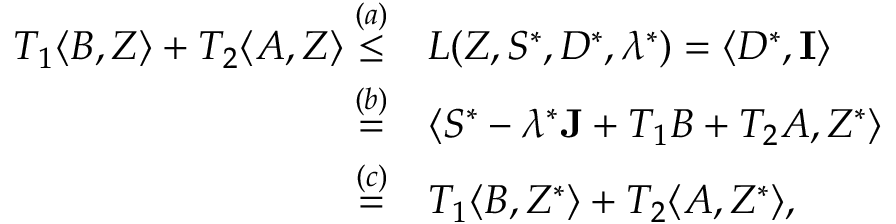
\begin{array} { r l } { T _ { 1 } \langle B , Z \rangle + T _ { 2 } \langle A , Z \rangle \overset { ( a ) } { \leq } } & { L ( Z , S ^ { * } , D ^ { * } , \lambda ^ { * } ) = \langle D ^ { * } , \mathbf { I } \rangle } \\ { \overset { ( b ) } { = } } & { \langle S ^ { * } - \lambda ^ { * } \mathbf { J } + T _ { 1 } B + T _ { 2 } A , Z ^ { * } \rangle } \\ { \overset { ( c ) } { = } } & { T _ { 1 } \langle B , Z ^ { * } \rangle + T _ { 2 } \langle A , Z ^ { * } \rangle , } \end{array}